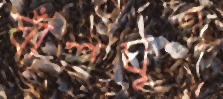
বাঁশঘুঘু